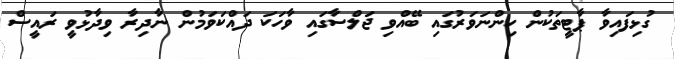
ގުޅިފައިވާ ޕާޓީތަކުން ހިންނަވަރުގައި ބޭއްވި ޖަލްސާގައި ވާހަކަ ދައްކަވަމުން ނާދިރާ ވިދާޅުވީ ރައީސް